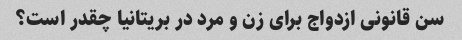
سن قانونی ازدواج برای زن و مرد در بریتانیا چقدر است؟